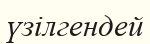
үзілгендей